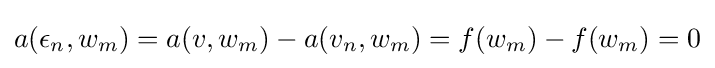
a(\epsilon _{n},w_{m})=a(v,w_{m})-a(v_{n},w_{m})=f(w_{m})-f(w_{m})=0